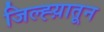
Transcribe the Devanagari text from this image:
जिल्ह्य़ातून